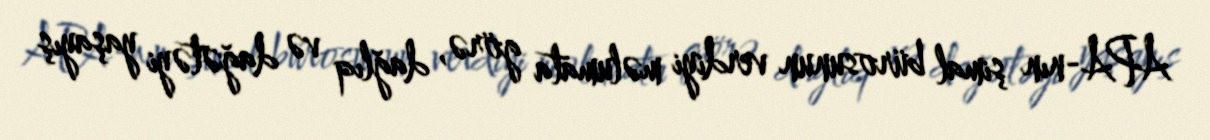
APA-nın şimal bürosunun verdiyi məlumata görə, dağlıq və dağətəyi yaşayış